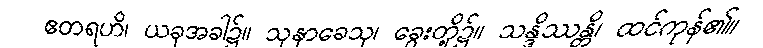
ဧတရဟိ၊ ယခုအခါ၌။ သုနာခေသု၊ ခွေးတို့၌။ သန္ဒိဿန္တိ၊ ထင်ကုန်၏။